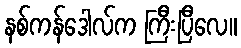
နစ်ကန်ဒေါလ်က ကြီးပြီလေ။